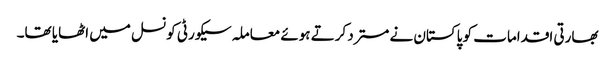
بھارتی اقدامات کو پاکستان نے مسترد کرتے ہوئے معاملہ سیکورٹی کونسل میں اٹھایا تھا۔